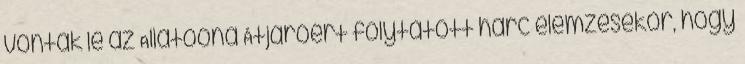
vonták le az Allatoona Átjáróért folytatott harc elemzésekor, hogy